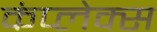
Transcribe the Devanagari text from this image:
कंप्लेक्स